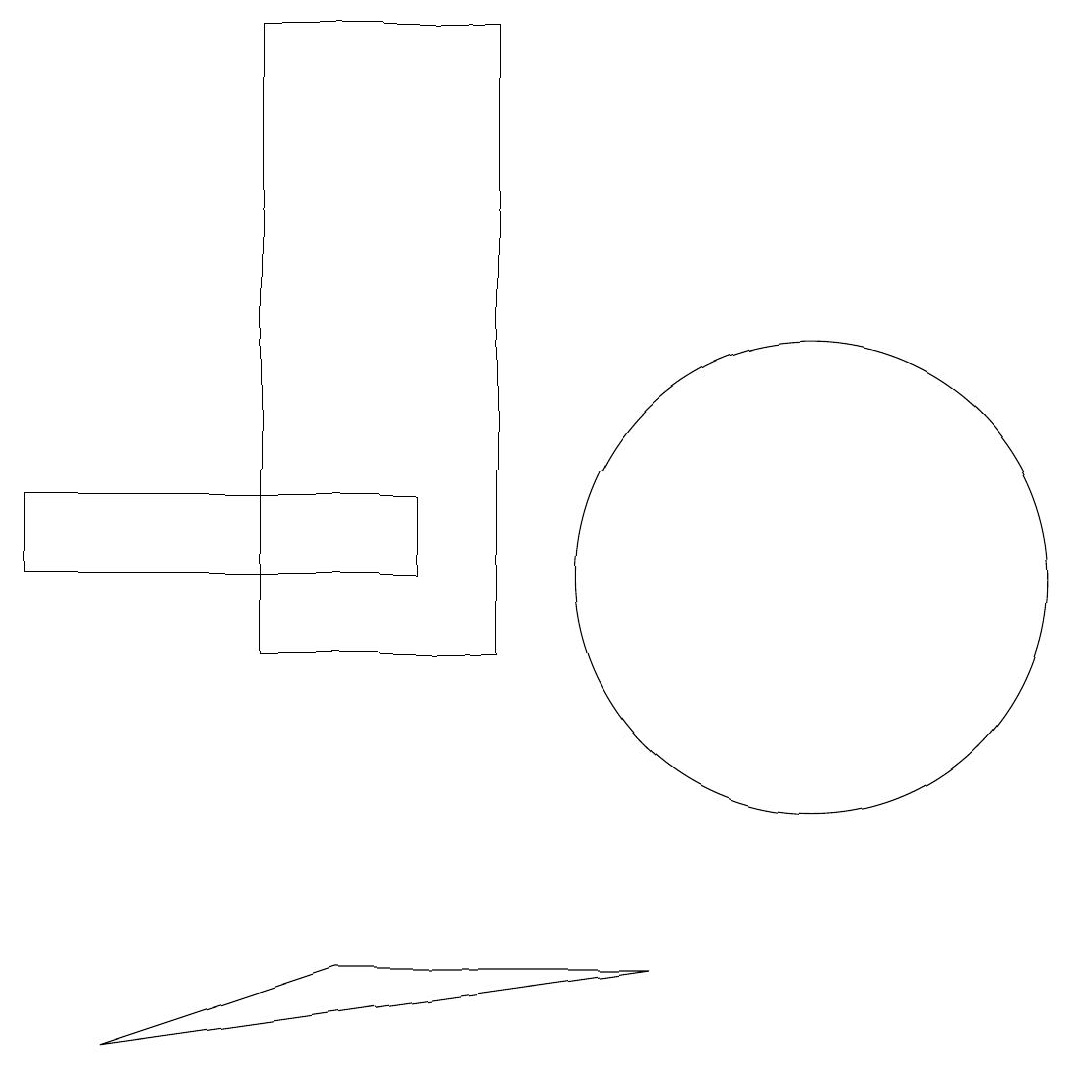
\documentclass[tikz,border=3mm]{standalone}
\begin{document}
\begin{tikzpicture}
\draw (4,6) -- (8,6) -- (1,5) -- cycle;
\draw (0,11) rectangle (5,12);
\draw (10,11) circle (3);
\draw (6,10) rectangle (3,18);
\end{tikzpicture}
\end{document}